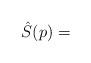
LaTeX: \begin{align*}\hat S (p) = \\\end{align*}